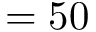
= 5 0